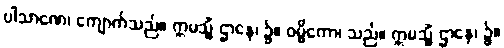
ပါသာဏေ၊ ကျောက်သည်။ ဣမသ္မိံ ဌာနေ၊ ၌။ ဝမ္မိကော၊ သည်။ ဣမသ္မိံ ဌာနေ၊ ၌။